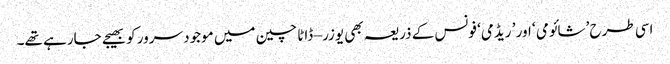
اسی طرح ’شائومی ‘ اور ’ ریڈمی‘ فونس کے ذریعہ بھی یوزر – ڈاٹا چین میں موجود سرور کو بھیجے جارہے تھے۔